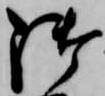
御